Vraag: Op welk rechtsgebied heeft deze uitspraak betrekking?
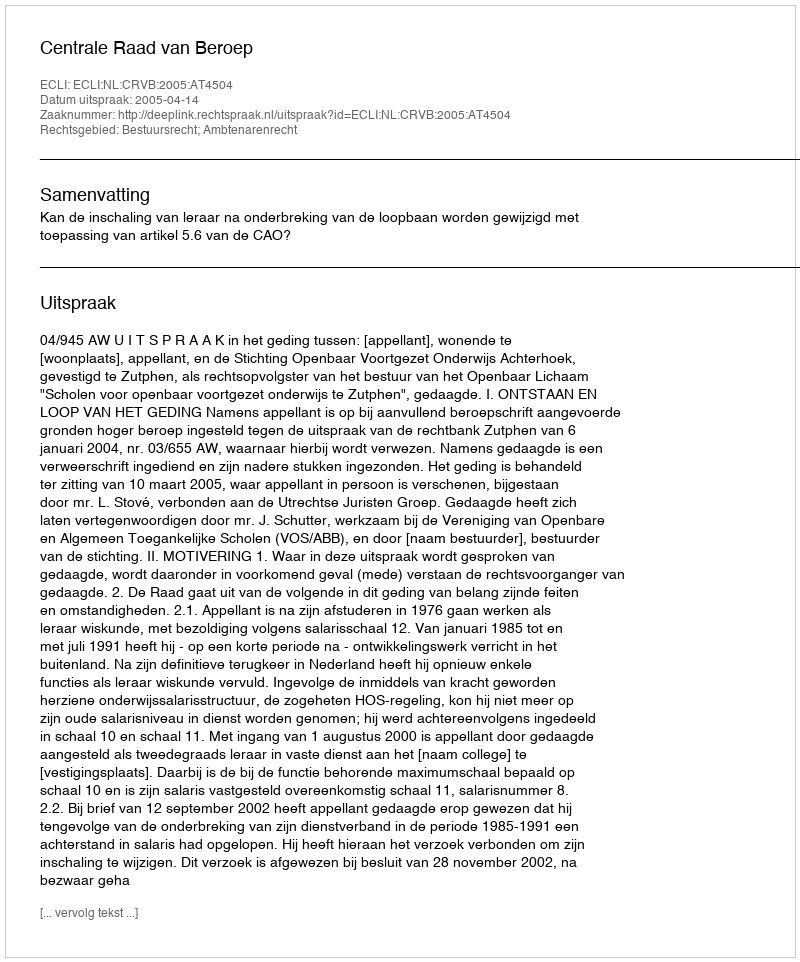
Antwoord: Bestuursrecht; Ambtenarenrecht